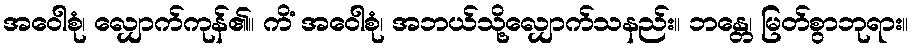
အဝေါစုံ၊ လျှောက်ကုန်၏။ ကိံ အဝေါစုံ၊ အဘယ်သို့လျှောက်သနည်း။ ဘန္တေ၊ မြတ်စွာဘုရား။